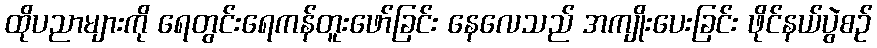
ထိုပညာများကို ရေတွင်းရေကန်တူးဖော်ခြင်း နေလေသည် အကျိုးပေးခြင်း ဖိုင်နယ်ပွဲစဉ်